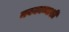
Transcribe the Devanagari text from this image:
नवकाव्याशी